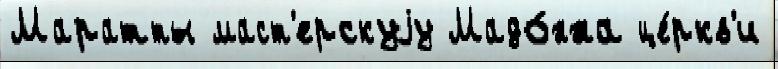
Маратты маст'ерскуjу Мадо́нна це́ркв'и